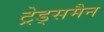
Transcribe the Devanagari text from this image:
ट्रेड्समैन